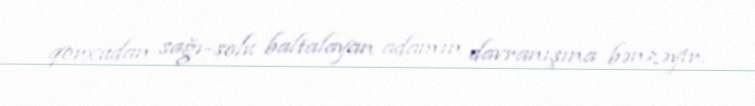
qorxudan sağı-solu baltalayan adamın davranışına bənzəyir.